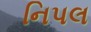
નિપલ